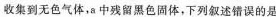
收集到无色气体，a中残留黑色固体，下列叙述错误的是